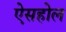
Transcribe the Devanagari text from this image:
ऐसहोल